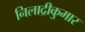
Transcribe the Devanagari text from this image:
निलाद्रीकुमार